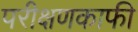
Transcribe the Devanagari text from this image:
परीक्षणकाफी